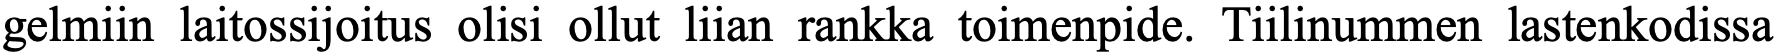
gelmiin laitossijoitus olisi ollut liian rankka toimenpide. Tiilinummen lastenkodissa